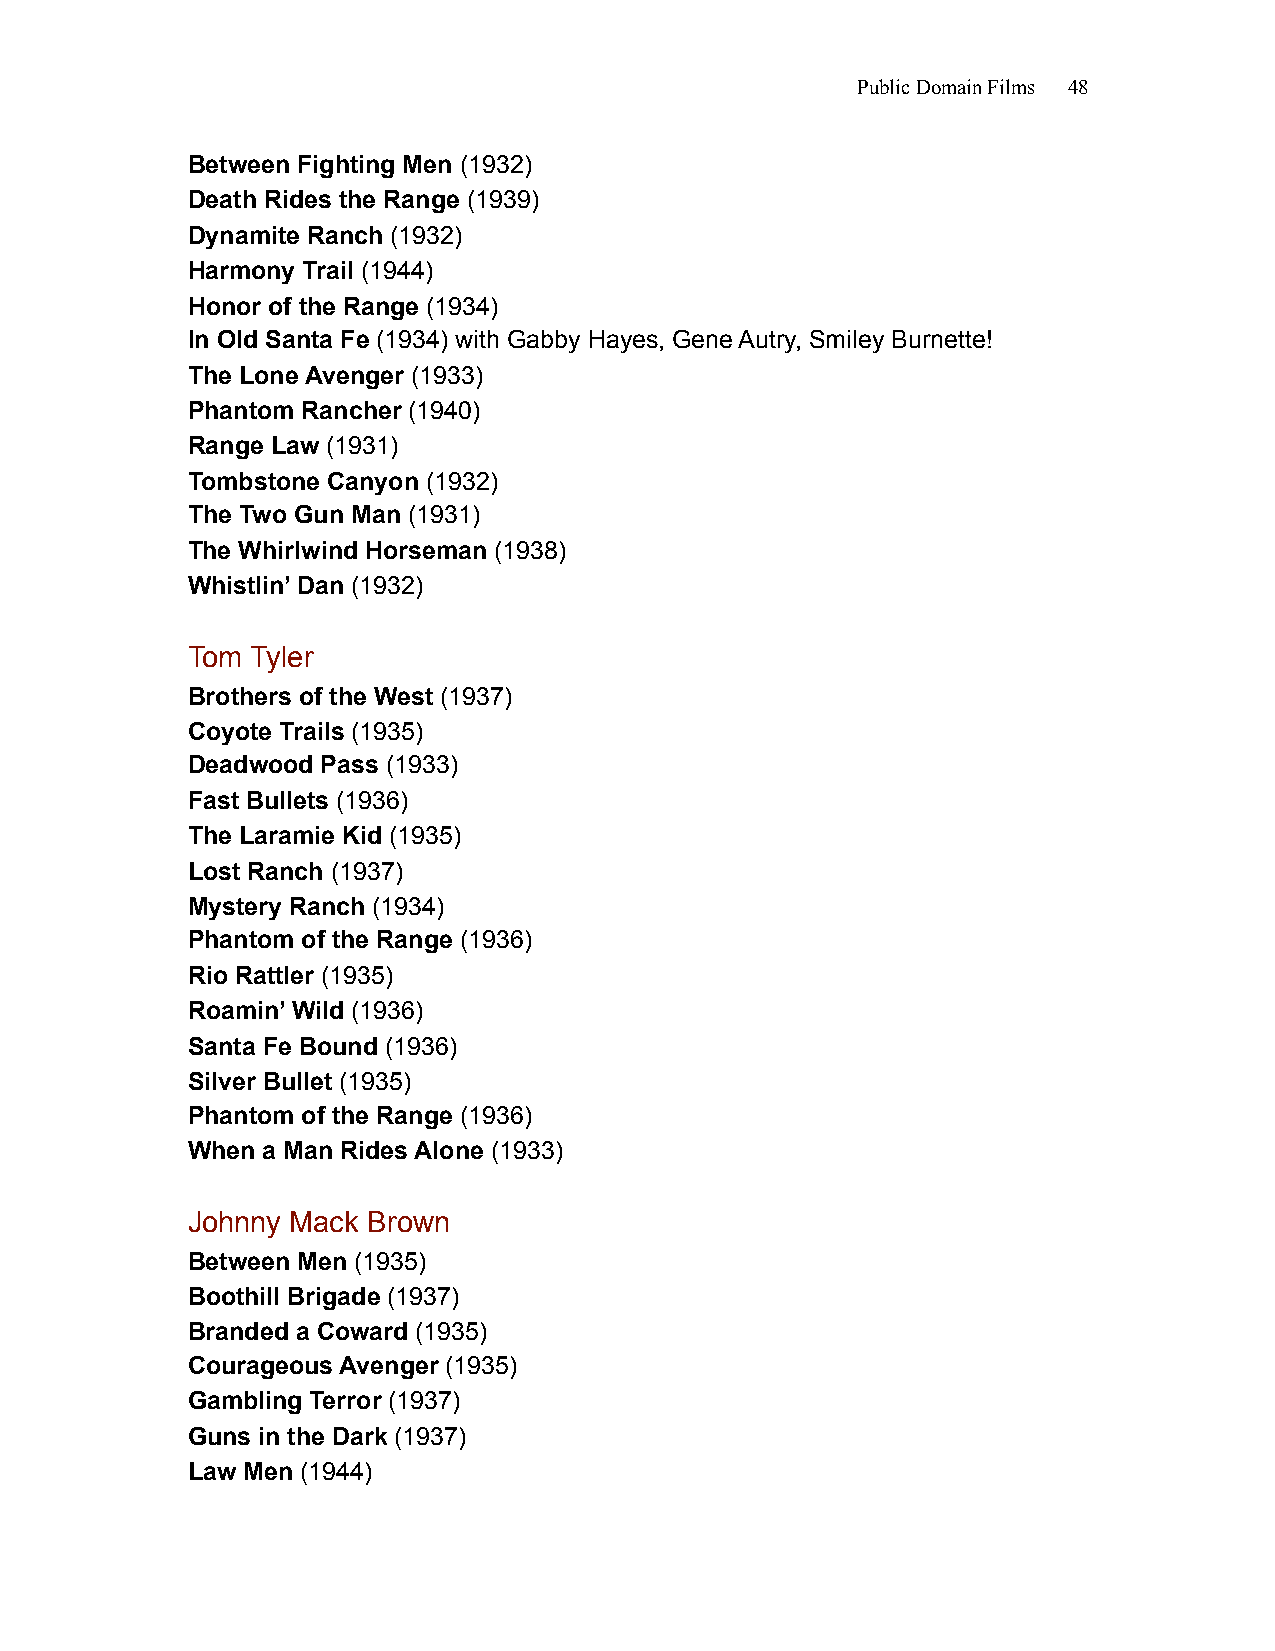
Public Domain Films 48
 Between Fighting Men (1932)
 Death Rides the Range (1939)
 Dynamite Ranch (1932)
 Harmony Trail (1944)
 Honor of the Range (1934)
 In Old Santa Fe (1934) with Gabby Hayes, Gene Autry, Smiley Burnette!
 The Lone Avenger (1933)
 Phantom Rancher (1940)
 Range Law (1931)
 Tombstone Canyon (1932)
 The Two Gun Man (1931)
 The Whirlwind Horseman (1938)
 Whistlin’ Dan (1932)
 Tom  Tyler
 Brothers of the West (1937)
 Coyote Trails (1935)
 Deadwood Pass (1933)
 Fast Bullets (1936)
 The Laramie Kid (1935)
 Lost Ranch (1937)
 Mystery Ranch (1934)
 Phantom of the Range (1936)
 Rio Rattler (1935)
 Roamin’ Wild (1936)
 Santa Fe Bound (1936)
 Silver Bullet (1935)
 Phantom of the Range (1936)
 When a Man Rides Alone (1933)
 Johnny Mack Brown
 Between Men (1935)
 Boothill Brigade (1937)
 Branded a Coward (1935)
 Courageous Avenger (1935)
 Gambling Terror (1937)
 Guns in the Dark (1937)
 Law Men (1944)